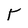
Character: Y